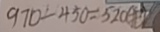
9 7 0 - 4 5 0 = 5 2 0